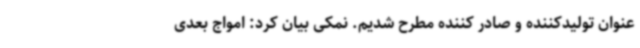
عنوان تولیدکننده و صادر کننده مطرح شدیم. نمکی بیان کرد: امواج بعدی